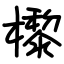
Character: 㰀